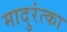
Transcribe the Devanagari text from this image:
मादुरंत्का